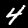
Digit: 4